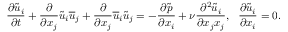
\frac { \partial \Tilde { u } _ { i } } { \partial t } + \frac { \partial } { \partial x _ { j } } \Tilde { u } _ { i } \overline { { u } } _ { j } + \frac { \partial } { \partial x _ { j } } \overline { { u } } _ { i } \Tilde { u } _ { j } = - \frac { \partial \Tilde { p } } { \partial x _ { i } } + \nu \frac { \partial ^ { 2 } \Tilde { u } _ { i } } { \partial x _ { j } x _ { j } } , ~ ~ \frac { \partial \Tilde { u } _ { i } } { \partial x _ { i } } = 0 .